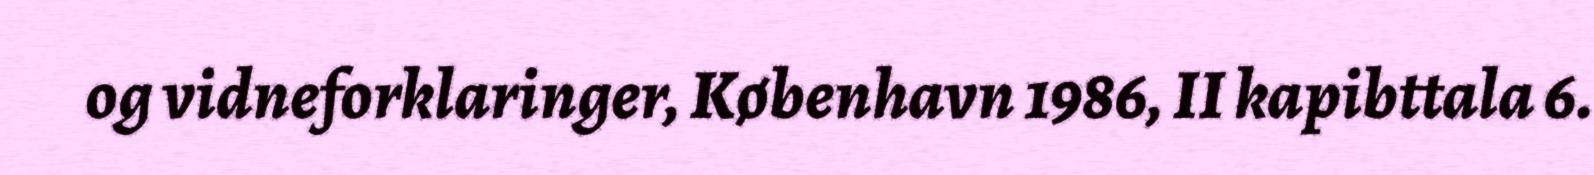
og vidneforklaringer, København 1986, II kapibttala 6.